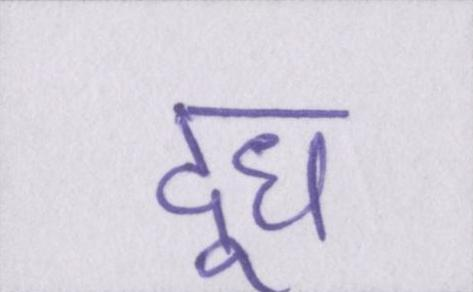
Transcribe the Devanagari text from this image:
दूध